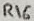
Text: R16